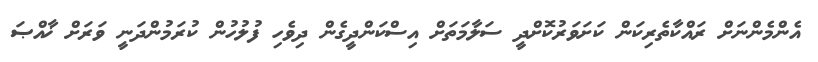
އެންމެންނަށް ރައްކާތެރިކަން ކަށަވަރުކޮށްދީ ސަލާމަތަށް އިސްކަންދީގެން ދިވެހި ފުލުހުން ކުރަމުންދަނީ ވަރަށް ޚާއްޞަ